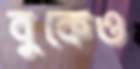
বুকেও